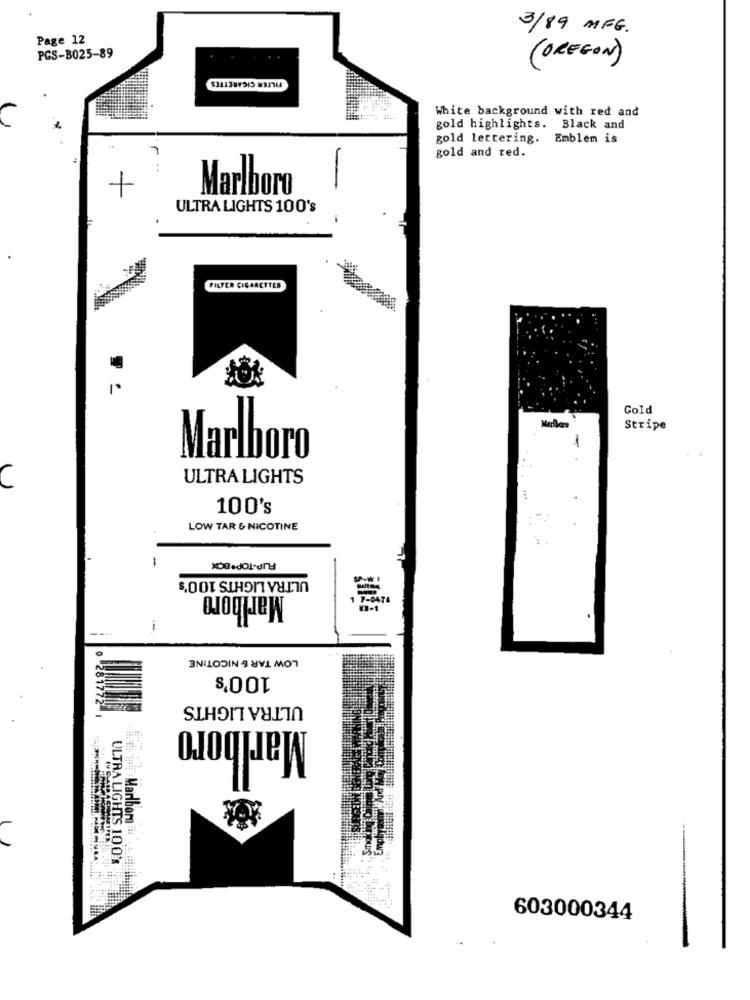
3/89 MFG.
Page 12
PGS-B025-89
FILTER CIGARETTES
( OREGON )
White background with red and
gold highlights. Black and
gold lettering.
Emblem is
gold and red.
..
Marlboro
-
ULTRA LIGHTS 100's
FILTER CIGARETTES
Gold
Stripe
Marlboro
ULTRA LIGHTS
C
100's
LOW TAR & NICOTINE
-
FLIP-TOP*BOX
ULTRA LIGHTS 100's
Marlboro
--
LOW TAR & NICOTINE
$,00℃
ULTRA LIGHTS
Marlboro
En
ULTRA LIGHTS 100's
603000344